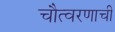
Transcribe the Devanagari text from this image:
चौत्वरणाची